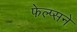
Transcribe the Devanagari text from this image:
फेल्प्सने